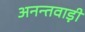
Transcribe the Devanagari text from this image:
अनन्तवाड़ी